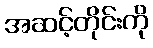
အဆင့်တိုင်းကို